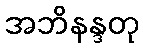
အဘိနန္ဒတု